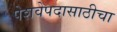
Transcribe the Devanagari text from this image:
पेशवेपदासाठीचा